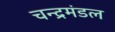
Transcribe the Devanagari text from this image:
चन्द्रमंडल